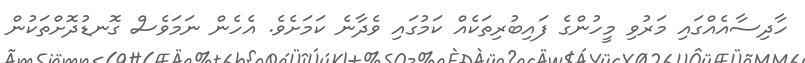
ހާދިސާއެއްގައި މަރުވި މީހުންގެ ފައިބުރިތަކެއް ކަމުގައި ވެދާނެ ކަމަށެވެ. އެހެން ނަމަވެސް ގޮނޑުދޮށްތަކުން